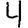
Digit: 4